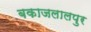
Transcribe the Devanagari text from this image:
बकाजलालपुर